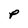
Character: P